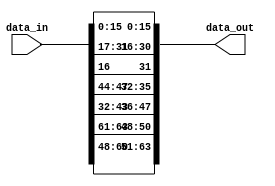

module shiftrow1dec (input [63:0] data_in, output reg [63:0] data_out);
//inputs and outputs

always @(*)
begin

 data_out[15:0] = data_in[15:0];
 data_out[31:16] = {data_in[16],data_in[31:17]} ;
 data_out[47:32] = {data_in[43:32],data_in[47:44]} ;
 data_out[63:48] = {data_in[60:48],data_in[63:61]} ;

end
endmodule